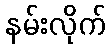
နမ်းလိုက်